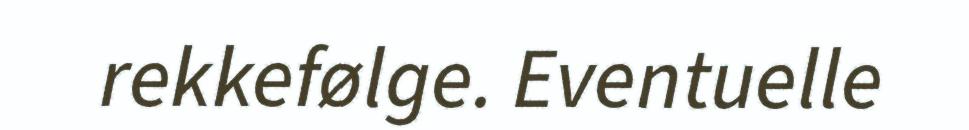
rekkefølge. Eventuelle